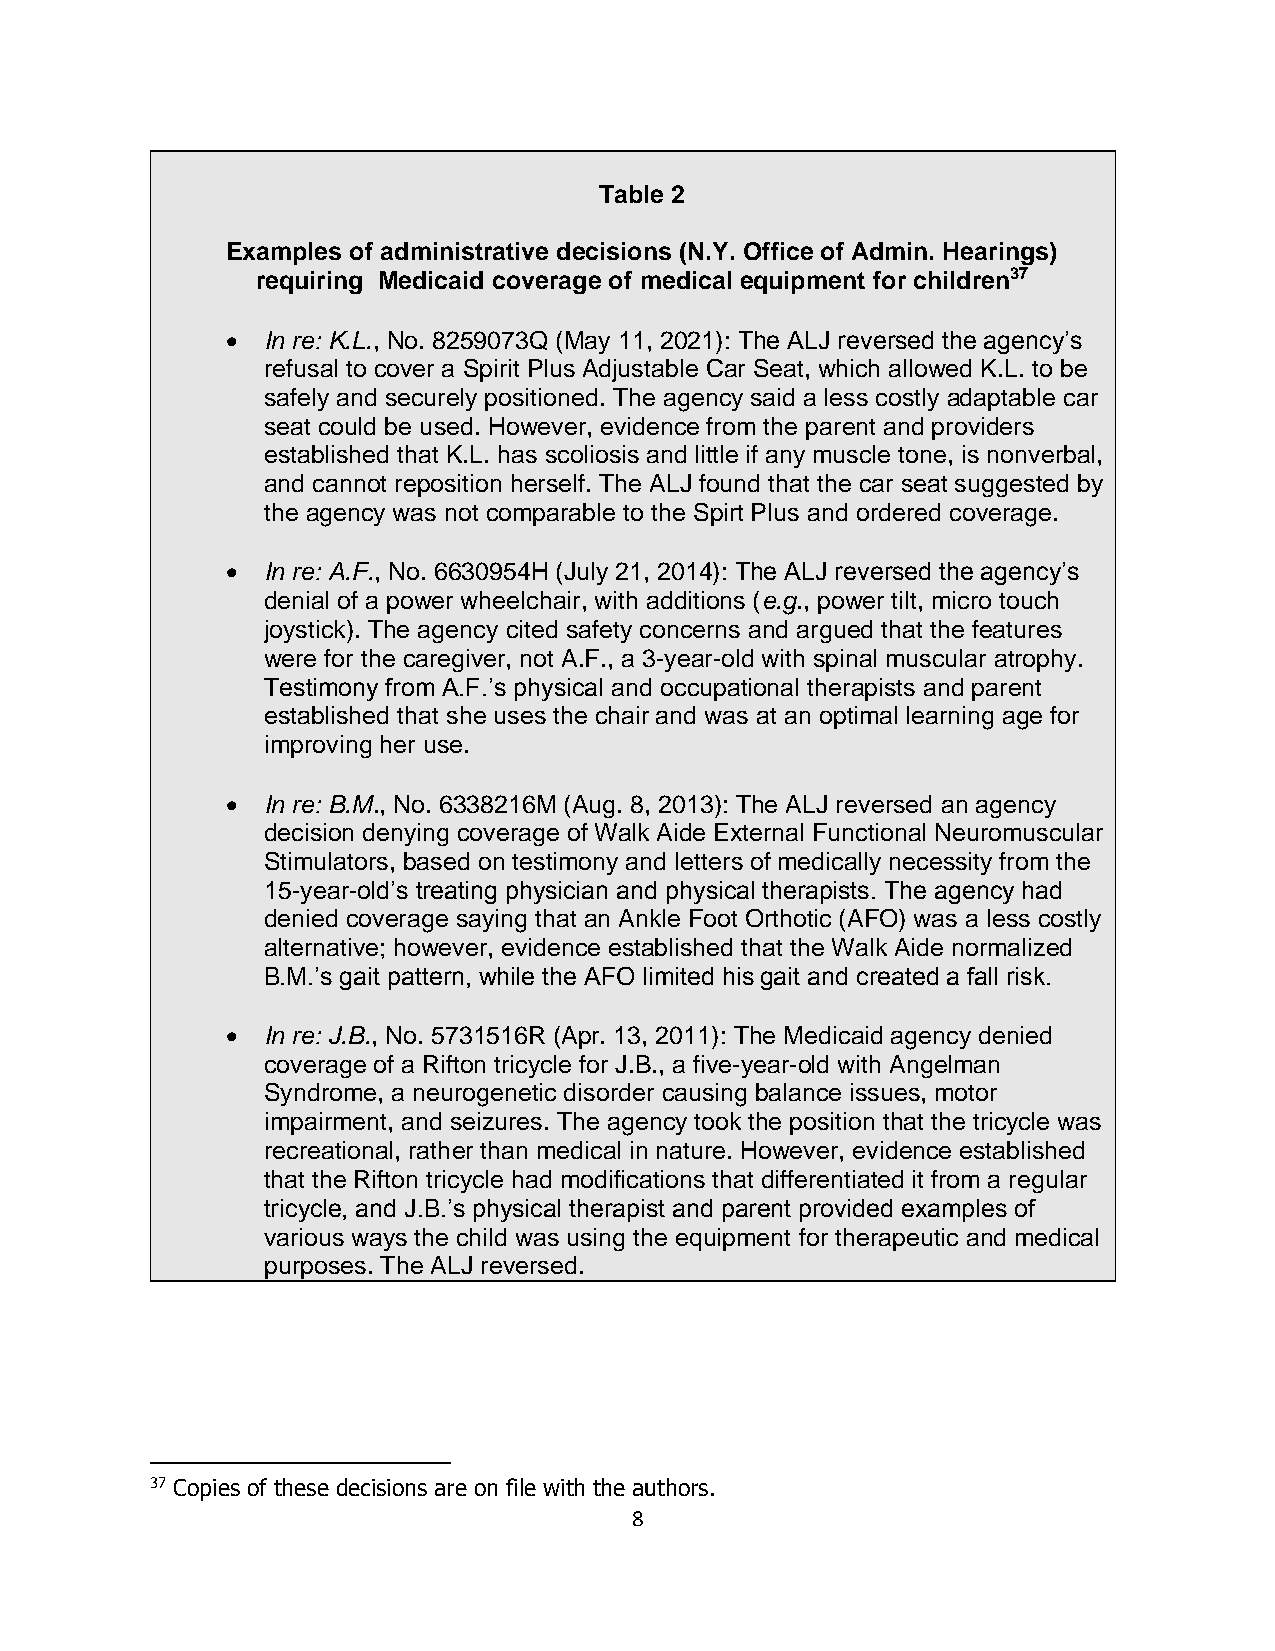
Table 2
 Examples of administrative decisions (N.Y. Office of Admin. Hearings)
 requiring Medicaid coverage of medical equipment for children37
  In re: K.L., No. 8259073Q (May 11, 2021): The ALJ reversed the agency’s
 refusal to cover a Spirit Plus Adjustable Car Seat, which allowed K.L. to be
 safely and securely positioned. The agency said a less costly adaptable car
 seat could be used. However, evidence from the parent and providers
 established that K.L. has scoliosis and little if any muscle tone, is nonverbal,
 and cannot reposition herself. The ALJ found that the car seat suggested by
 the agency was not comparable to the Spirt Plus and ordered coverage.
  In re: A.F., No. 6630954H (July 21, 2014): The ALJ reversed the agency’s
 denial of a power wheelchair, with additions (e.g., power tilt, micro touch
 joystick). The agency cited safety concerns and argued that the features
 were for the caregiver, not A.F., a 3-year-old with spinal muscular atrophy.
 Testimony from A.F.’s physical and occupational therapists and parent
 established that she uses the chair and was at an optimal learning age for
 improving her use.
  In re: B.M., No. 6338216M (Aug. 8, 2013): The ALJ reversed an agency
 decision denying coverage of Walk Aide External Functional Neuromuscular
 Stimulators, based on testimony and letters of medically necessity from the
 15-year-old’s treating physician and physical therapists. The agency had
 denied coverage saying that an Ankle Foot Orthotic (AFO) was a less costly
 alternative; however, evidence established that the Walk Aide normalized
 B.M.’s gait pattern, while the AFO limited his gait and created a fall risk.
  In re: J.B., No. 5731516R (Apr. 13, 2011): The Medicaid agency denied
 coverage of a Rifton tricycle for J.B., a five-year-old with Angelman
 Syndrome, a neurogenetic disorder causing balance issues, motor
 impairment, and seizures. The agency took the position that the tricycle was
 recreational, rather than medical in nature. However, evidence established
 that the Rifton tricycle had modifications that differentiated it from a regular
 tricycle, and J.B.’s physical therapist and parent provided examples of
 various ways the child was using the equipment for therapeutic and medical
 purposes. The ALJ reversed.
 37 Copies of these decisions are on file with the authors.
 8